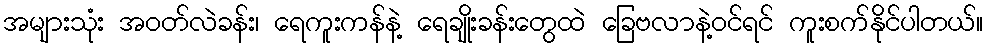
အများသုံး အဝတ်လဲခန်း၊ ရေကူးကန်နဲ့ ရေချိုးခန်းတွေထဲ ခြေဗလာနဲ့ဝင်ရင် ကူးစက်နိုင်ပါတယ်။